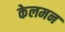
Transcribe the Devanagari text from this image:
केलमन